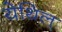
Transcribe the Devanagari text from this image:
येथिल्